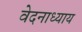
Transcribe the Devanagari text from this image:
वेदनाध्याय